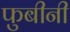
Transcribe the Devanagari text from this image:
फुबीनी